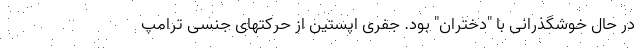
در حال خوشگذرانی با "دختران" بود. جفری اپستین از حرکتهای جنسی ترامپ